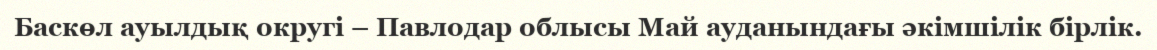
Баскөл ауылдық округі – Павлодар облысы Май ауданындағы әкімшілік бірлік.